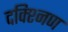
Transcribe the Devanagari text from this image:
दक्श्निण